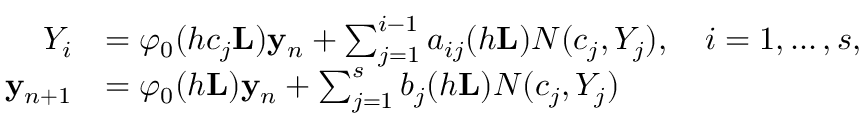
\begin{array} { r l } { Y _ { i } } & { = \varphi _ { 0 } ( h c _ { j } \mathbf { L } ) \mathbf { y } _ { n } + \sum _ { j = 1 } ^ { i - 1 } a _ { i j } ( h \mathbf { L } ) N ( c _ { j } , Y _ { j } ) , \quad i = 1 , \ldots , s , } \\ { \mathbf { y } _ { n + 1 } } & { = \varphi _ { 0 } ( h \mathbf { L } ) \mathbf { y } _ { n } + \sum _ { j = 1 } ^ { s } b _ { j } ( h \mathbf { L } ) N ( c _ { j } , Y _ { j } ) } \end{array}